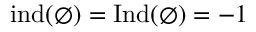
\operatorname { i n d } ( \varnothing ) = \operatorname { I n d } ( \varnothing ) = - 1